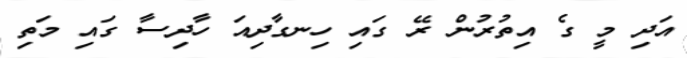
އަދި މީ ގެ އިތުރުން ރޭ ގައި ހިނގާދިއަ ހާދިސާ ގައި މަތި